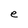
Character: e